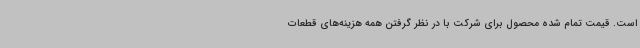
است. قیمت تمام شده محصول برای شرکت با در نظر گرفتن همه هزینه‌های قطعات